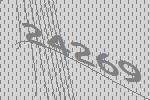
24269